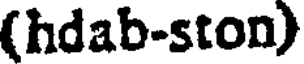
(hdab-ston)